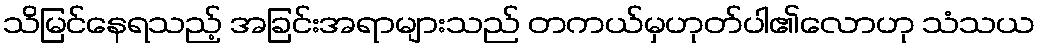
သိမြင်နေရသည့် အခြင်းအရာများသည် တကယ်မှဟုတ်ပါ၏လောဟု သံသယ